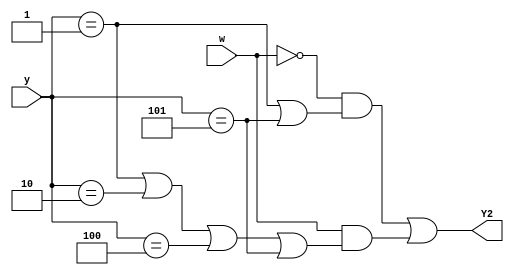
module top_module (
    input [3:1] y,
    input w,
    output Y2);
    //------------------------
	//000,001,010,011,100,101
    //  A   B   C   D   E   F
    //------------------------
    // A,B,E,F 0
    // C,D 1
    //------------------------
    assign Y2 = ~w&(y==3'b001 | y==3'b101) | w&(y==3'b001 | y==3'b010 | y==3'b100 | y==3'b101);
    
endmodule